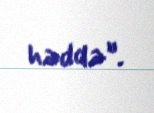
həddə”.